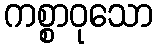
ကစ္စာဝုသော